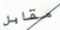
مقابل